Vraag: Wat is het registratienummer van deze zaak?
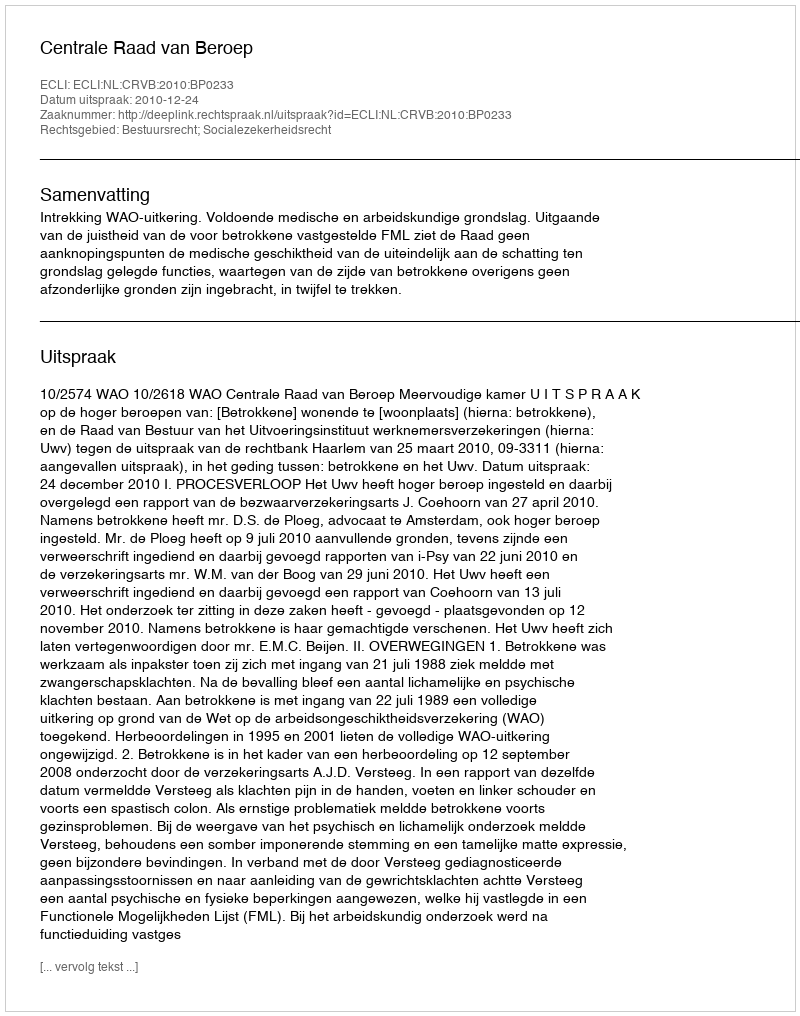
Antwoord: http://deeplink.rechtspraak.nl/uitspraak?id=ECLI:NL:CRVB:2010:BP0233